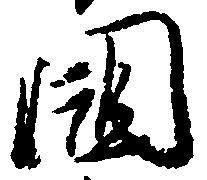
国